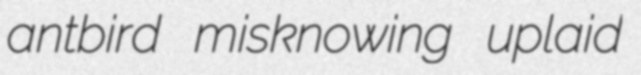
antbird misknowing uplaid